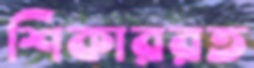
শিকাররত